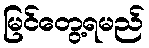
မြင်တွေ့ရမည်